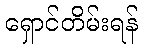
ရှောင်တိမ်းရန်